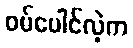
ဝမ်ပေါင်လဲ့က